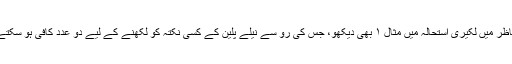
اس تناظر میں لکیری استحالہ میں مثال ۱ بھی دیکھو، جس کی رو سے نیلے پلین کے کسی نکتہ کو لکھنے کے لیے دو عدد کافی ہو سکتے ہیں۔